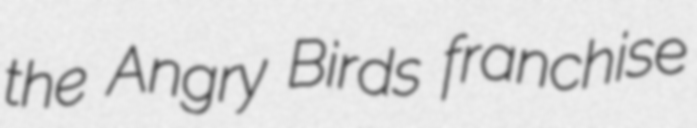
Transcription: the Angry Birds franchise